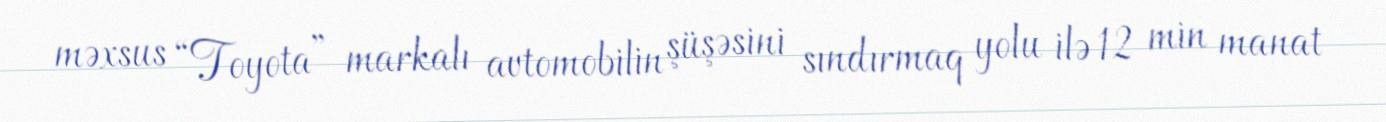
məxsus “Toyota” markalı avtomobilin şüşəsini sındırmaq yolu ilə 12 min manat